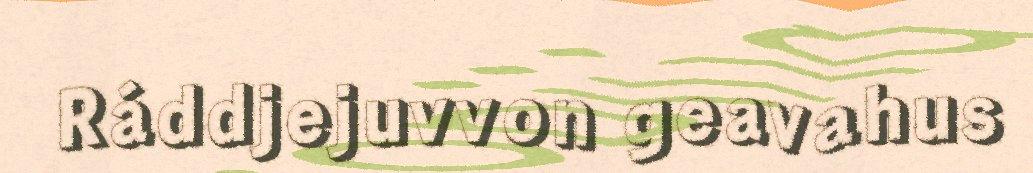
Ráddjejuvvon geavahus